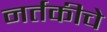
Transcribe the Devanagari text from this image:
नर्तकीचे